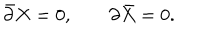
LaTeX: \bar { \partial } X = 0 , \; \partial \bar { X } = 0 .